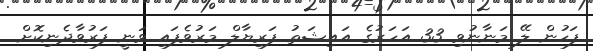
ފަހުން ލޭ މަނާނުވި 33 އަހަރުގެ އައިޝަތު ފަރިޔާލް މަރުވެފައި ވަނީ ފަރުވާދެނިކޮށް